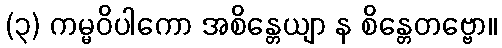
(၃) ကမ္မဝိပါကော အစိန္တေယျာ န စိန္တေတဗ္ဗော။